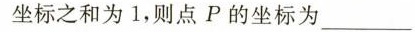
坐标之和为1，则点P的坐标为___